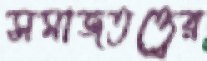
সমাজতত্ত্বের